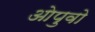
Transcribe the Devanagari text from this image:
ओपुवो